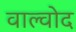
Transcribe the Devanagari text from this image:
वाल्वोद